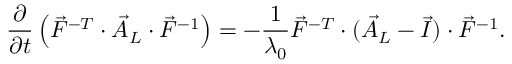
\frac { \partial } { \partial t } \left( \vec { F } ^ { - T } \cdot \vec { A } _ { L } \cdot \vec { F } ^ { - 1 } \right) = - \frac { 1 } { \lambda _ { 0 } } \vec { F } ^ { - T } \cdot ( \vec { A } _ { L } - \vec { I } ) \cdot \vec { F } ^ { - 1 } .